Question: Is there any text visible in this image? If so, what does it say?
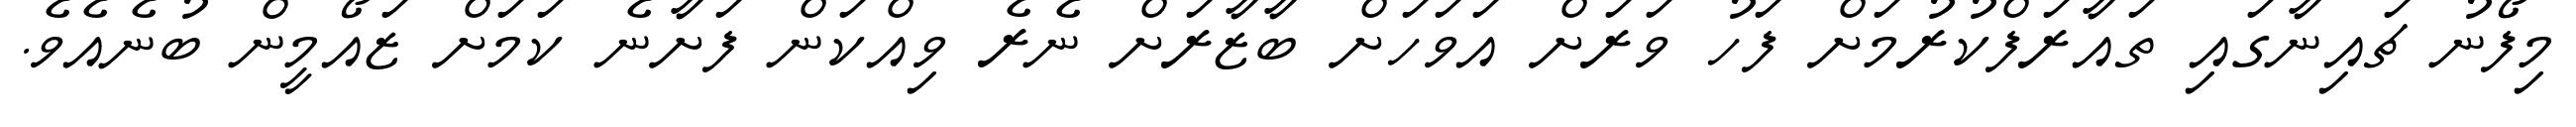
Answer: މިފޯނު ޗައިނާގައި ތައާރަފްކުރުމަށް ފަހު ވަރަށް އަވަހަށް ބާޒާރަށް ނެރެ ވިއްކަން ފަށާނެ ކަމަށް ޒައޯމީން ބުނެއެވެ.